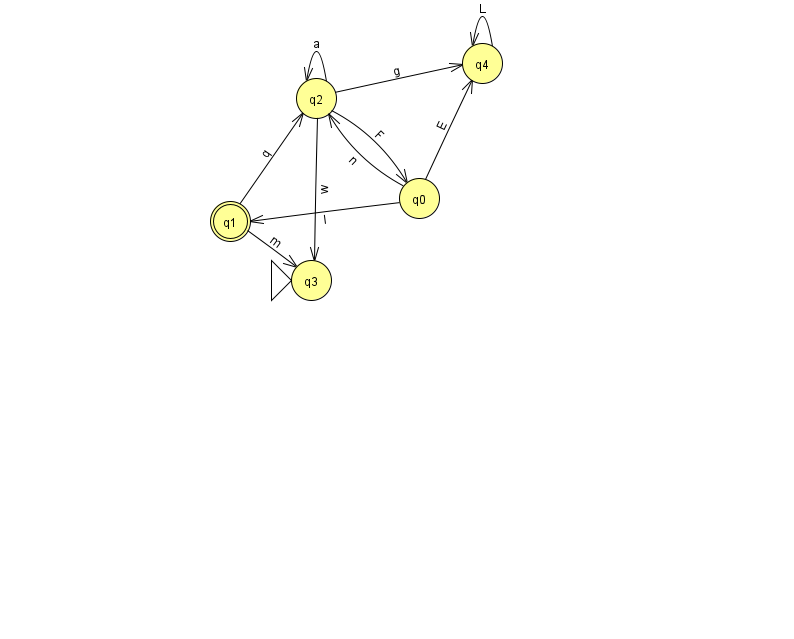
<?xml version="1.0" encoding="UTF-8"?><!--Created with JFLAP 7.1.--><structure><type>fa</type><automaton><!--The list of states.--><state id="0" name="q0"><x>419.0</x><y>185.0</y></state><state id="1" name="q1"><x>230.0</x><y>208.0</y><final/></state><state id="2" name="q2"><x>316.0</x><y>85.0</y></state><state id="3" name="q3"><x>311.0</x><y>267.0</y><initial/></state><state id="4" name="q4"><x>482.0</x><y>50.0</y></state><!--The list of transitions.--><transition><from>2</from><to>4</to><read>g</read></transition><transition><from>2</from><to>2</to><read>a</read></transition><transition><from>0</from><to>4</to><read>E</read></transition><transition><from>0</from><to>1</to><read>I</read></transition><transition><from>1</from><to>3</to><read>m</read></transition><transition><from>2</from><to>3</to><read>w</read></transition><transition><from>2</from><to>0</to><read>F</read></transition><transition><from>1</from><to>2</to><read>q</read></transition><transition><from>4</from><to>4</to><read>L</read></transition><transition><from>0</from><to>2</to><read>n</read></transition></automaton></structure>